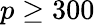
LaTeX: p\geq 300